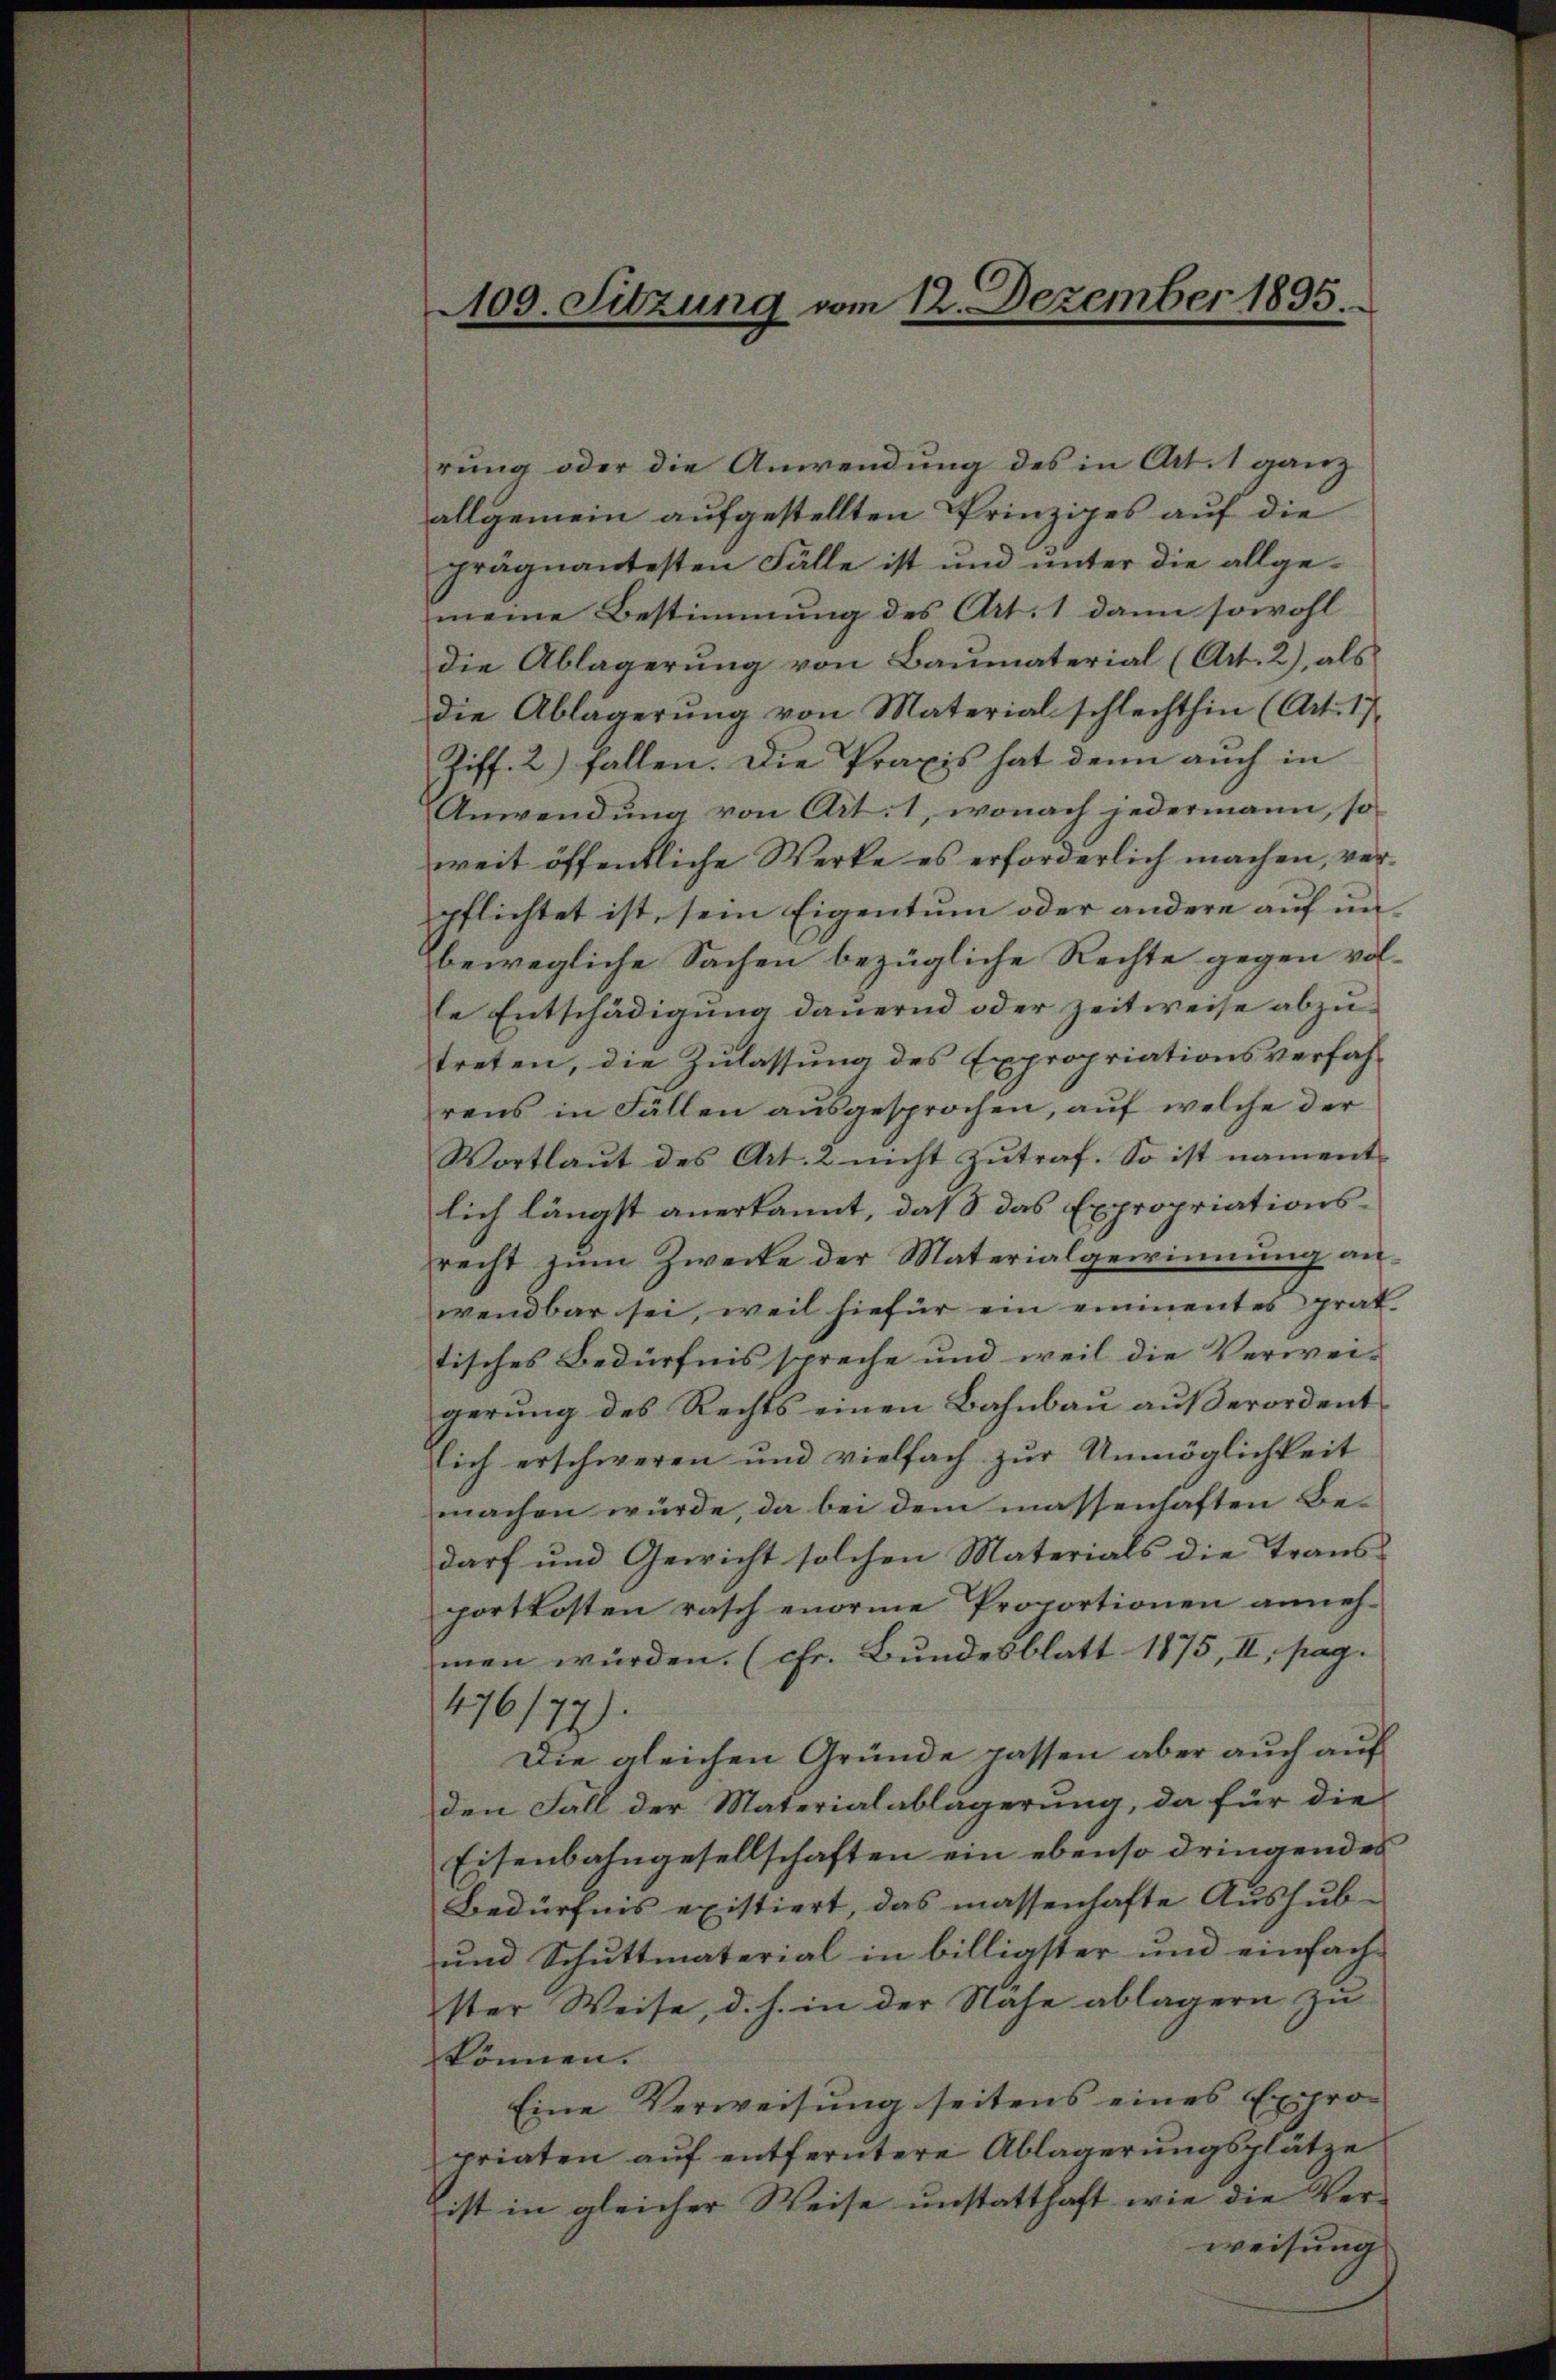
109. Sitzung vom 12. Dezember 1895.

rung oder die Anwendung des in Art. 1 ganz
allgemein aufgestellten Prinzipes auf die
prägnantesten Fälle ist und unter die allgemeine Bestimmung des Art. 1 dann sowohl
die Ablagerung von Baumaterial (Art. 2), als
die Ablagerŭng von Material schlechthin (Art. 1)
Ziff. 2) fallen. Die Praxis hat denn auch in
Anwendung von Art. 1, wonach jedermann, so
weit öffentliche Werke es erforderlich machen, verpflichtet ist, sein Eigentum oder andere auf unbewegliche Sachen bezügliche Rechte gegen volle Entschädigung dauernd oder Zeitweise abzutreten, die Zulassung des Expropriationsverfahrens in Fällen ausgesprochen, auf welche der
Wortlaut des Art. 2 nicht zutraf. So ist namentlich längst anerkannt, daß das Expropriationsrecht zum Zwecke der Materialgewinnung anwendbar sei, weil hiefür ein einmentes prat
tisches Bedürfnis spreche und weil die Verwei-
gerung des Rechts einen Bahnbau außerordent
lich erschweren und vielfach zur Unmöglichkeit
machen würde, da bei dem massenhaften Bedarf und Gewicht solchen Materials die Transportkosten rasch enorme Proportionen anneh-
men würden. (chr. Bundesblatt 1875, II, pag.
476/77).
Die gleichen Gründe passen aber auch auf
den Fall der Materialablagerung, da für die
Eisenbahngesellschaften ein ebenso dringendes
Bedürfnis existiert, das massenhafte Aushub-
und Schuttmaterial in billigster und einfach
ster Weise, d. h. in der Nahe ablagern zu
können.
Eine Verweisung seitens eines Expro-
priaten aŭf entferntere Ablagerŭngsplätze
ist in gleicher Weise unstatthaft wie die Verweisung